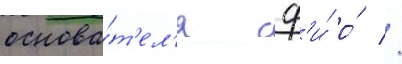
основа́т'ел'я сф'и́ о́ //